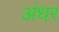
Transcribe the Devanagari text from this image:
अंधर